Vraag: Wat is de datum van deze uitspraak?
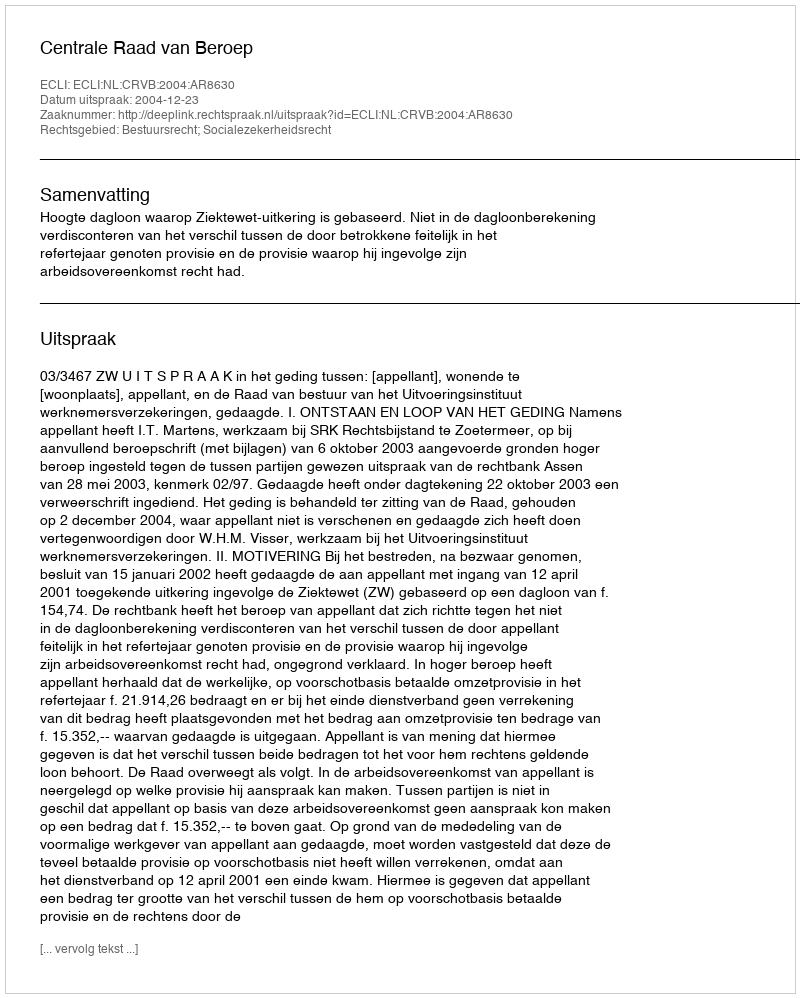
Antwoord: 2004-12-23